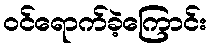
ဝင်ရောက်ခဲ့ကြောင်း